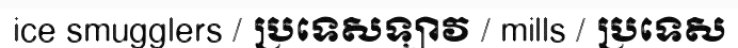
ice smugglers / ប្រទេសឡាវ / mills / ប្រទេស